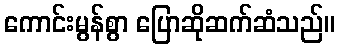
ကောင်းမွန်စွာ ပြောဆိုဆက်ဆံသည်။